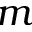
m